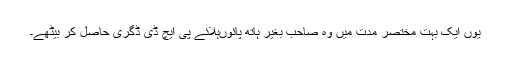
یوں ایک بہت مختصر مدت میں وہ صاحب بغیر ہاتھ پائوںہلائے پی ایچ ڈی ڈگری حاصل کر بیٹھے۔